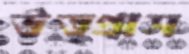
উত্প্রাস